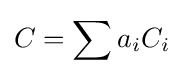
C=\sum a_{i}C_{i}